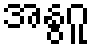
အနွဂူ